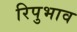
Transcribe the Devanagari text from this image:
रिपुभाव